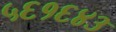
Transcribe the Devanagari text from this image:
५६१६४३